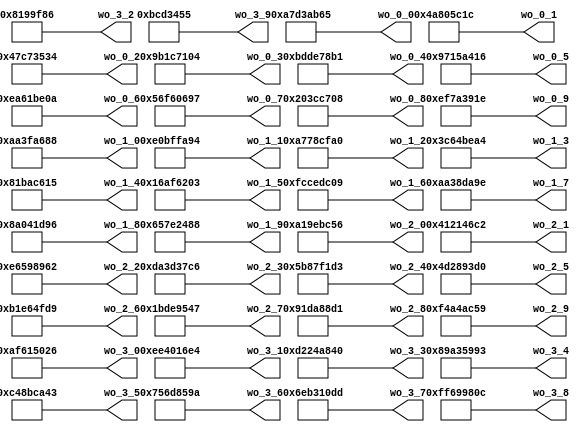
module aes_pipelined_key_expand_128(wo_0_0, wo_0_1, wo_0_2, wo_0_3, wo_0_4, wo_0_5, wo_0_6, wo_0_7, wo_0_8, wo_0_9,
                          wo_1_0, wo_1_1, wo_1_2, wo_1_3, wo_1_4, wo_1_5, wo_1_6, wo_1_7, wo_1_8, wo_1_9,
                          wo_2_0, wo_2_1, wo_2_2, wo_2_3, wo_2_4, wo_2_5, wo_2_6, wo_2_7, wo_2_8, wo_2_9,
                          wo_3_0, wo_3_1, wo_3_2, wo_3_3, wo_3_4, wo_3_5, wo_3_6, wo_3_7, wo_3_8, wo_3_9);

output	[31:0]	wo_0_0, wo_0_1, wo_0_2, wo_0_3, wo_0_4, wo_0_5, wo_0_6, wo_0_7, wo_0_8, wo_0_9,
                        wo_1_0, wo_1_1, wo_1_2, wo_1_3, wo_1_4, wo_1_5, wo_1_6, wo_1_7, wo_1_8, wo_1_9,
                        wo_2_0, wo_2_1, wo_2_2, wo_2_3, wo_2_4, wo_2_5, wo_2_6, wo_2_7, wo_2_8, wo_2_9,
                        wo_3_0, wo_3_1, wo_3_2, wo_3_3, wo_3_4, wo_3_5, wo_3_6, wo_3_7, wo_3_8, wo_3_9;

assign wo_0_0 = 32'ha7d3ab65;
assign wo_0_1 = 32'h4a805c1c;
assign wo_0_2 = 32'h47c73534;
assign wo_0_3 = 32'h9b1c7104;
assign wo_0_4 = 32'hbdde78b1;
assign wo_0_5 = 32'h9715a416;
assign wo_0_6 = 32'hea61be0a;
assign wo_0_7 = 32'h56f60697;
assign wo_0_8 = 32'h203cc708;
assign wo_0_9 = 32'hef7a391e;

assign wo_1_0 = 32'haa3fa688;
assign wo_1_1 = 32'he0bffa94;
assign wo_1_2 = 32'ha778cfa0;
assign wo_1_3 = 32'h3c64bea4;
assign wo_1_4 = 32'h81bac615;
assign wo_1_5 = 32'h16af6203;
assign wo_1_6 = 32'hfccedc09;
assign wo_1_7 = 32'haa38da9e;
assign wo_1_8 = 32'h8a041d96;
assign wo_1_9 = 32'h657e2488;

assign wo_2_0 = 32'ha19ebc56;
assign wo_2_1 = 32'h412146c2;
assign wo_2_2 = 32'he6598962;
assign wo_2_3 = 32'hda3d37c6;
assign wo_2_4 = 32'h5b87f1d3;
assign wo_2_5 = 32'h4d2893d0;
assign wo_2_6 = 32'hb1e64fd9;
assign wo_2_7 = 32'h1bde9547;
assign wo_2_8 = 32'h91da88d1;
assign wo_2_9 = 32'hf4a4ac59;

assign wo_3_0 = 32'haf615026;
assign wo_3_1 = 32'hee4016e4;
assign wo_3_2 = 32'h08199f86;
assign wo_3_3 = 32'hd224a840;
assign wo_3_4 = 32'h89a35993;
assign wo_3_5 = 32'hc48bca43;
assign wo_3_6 = 32'h756d859a;
assign wo_3_7 = 32'h6eb310dd;
assign wo_3_8 = 32'hff69980c;
assign wo_3_9 = 32'h0bcd3455;

endmodule